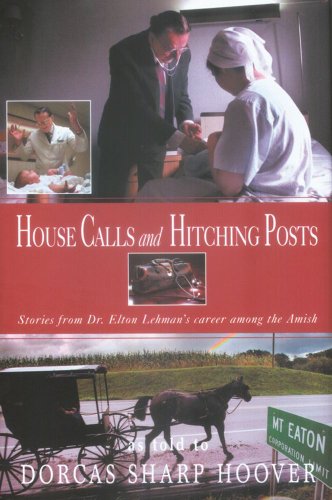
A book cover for House Calls and Hitching Posts: Stories from Dr. Elton Lehman's Career among the Amish; Humor & Entertainment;